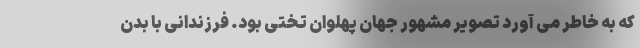
که به خاطر می آورد تصویر مشهور جهان پهلوان تختی بود. فرزندانی با بدن